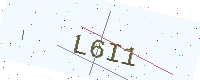
Text: L6I1